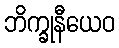
ဘိက္ခုနီယေဝ